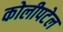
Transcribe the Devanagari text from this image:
कोलीपटेल